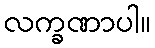
လက္ခဏာပါ။